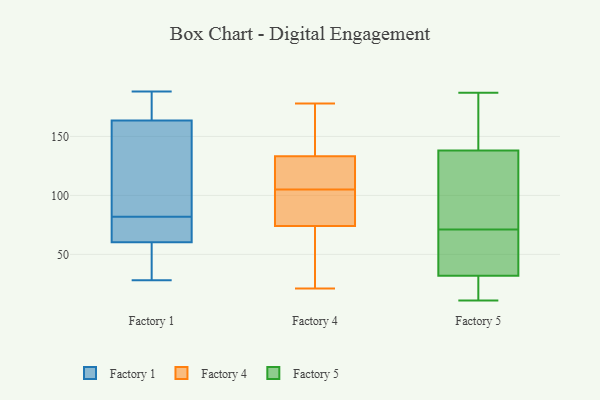
{"axis": {"x": "Budget (USD K)", "y": "Value"}, "legend": ["Factory 1", "Factory 4", "Factory 5"], "data": [{"x": "", "y": 165, "type": "Factory 1"}, {"x": "", "y": 34, "type": "Factory 1"}, {"x": "", "y": 113, "type": "Factory 1"}, {"x": "", "y": 126, "type": "Factory 1"}, {"x": "", "y": 28, "type": "Factory 1"}, {"x": "", "y": 163, "type": "Factory 1"}, {"x": "", "y": 166, "type": "Factory 1"}, {"x": "", "y": 75, "type": "Factory 1"}, {"x": "", "y": 30, "type": "Factory 1"}, {"x": "", "y": 188, "type": "Factory 1"}, {"x": "", "y": 82, "type": "Factory 1"}, {"x": "", "y": 69, "type": "Factory 1"}, {"x": "", "y": 75, "type": "Factory 1"}, {"x": "", "y": 77, "type": "Factory 4"}, {"x": "", "y": 105, "type": "Factory 4"}, {"x": "", "y": 59, "type": "Factory 4"}, {"x": "", "y": 121, "type": "Factory 4"}, {"x": "", "y": 105, "type": "Factory 4"}, {"x": "", "y": 70, "type": "Factory 4"}, {"x": "", "y": 177, "type": "Factory 4"}, {"x": "", "y": 125, "type": "Factory 4"}, {"x": "", "y": 178, "type": "Factory 4"}, {"x": "", "y": 75, "type": "Factory 4"}, {"x": "", "y": 118, "type": "Factory 4"}, {"x": "", "y": 95, "type": "Factory 4"}, {"x": "", "y": 158, "type": "Factory 4"}, {"x": "", "y": 21, "type": "Factory 4"}, {"x": "", "y": 164, "type": "Factory 4"}, {"x": "", "y": 71, "type": "Factory 4"}, {"x": "", "y": 115, "type": "Factory 4"}, {"x": "", "y": 11, "type": "Factory 5"}, {"x": "", "y": 69, "type": "Factory 5"}, {"x": "", "y": 158, "type": "Factory 5"}, {"x": "", "y": 73, "type": "Factory 5"}, {"x": "", "y": 38, "type": "Factory 5"}, {"x": "", "y": 131, "type": "Factory 5"}, {"x": "", "y": 73, "type": "Factory 5"}, {"x": "", "y": 145, "type": "Factory 5"}, {"x": "", "y": 187, "type": "Factory 5"}, {"x": "", "y": 34, "type": "Factory 5"}, {"x": "", "y": 14, "type": "Factory 5"}, {"x": "", "y": 30, "type": "Factory 5"}]}